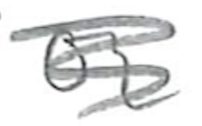
Text: or
Cross-out: scratch
Writing tool: pencil